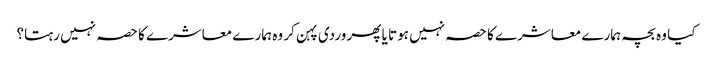
کیا وہ بچہ ہمارے معاشرے کا حصہ نہیں ہوتا یا پھر وردی پہن کر وہ ہمارے معاشرے کا حصہ نہیں رہتا؟